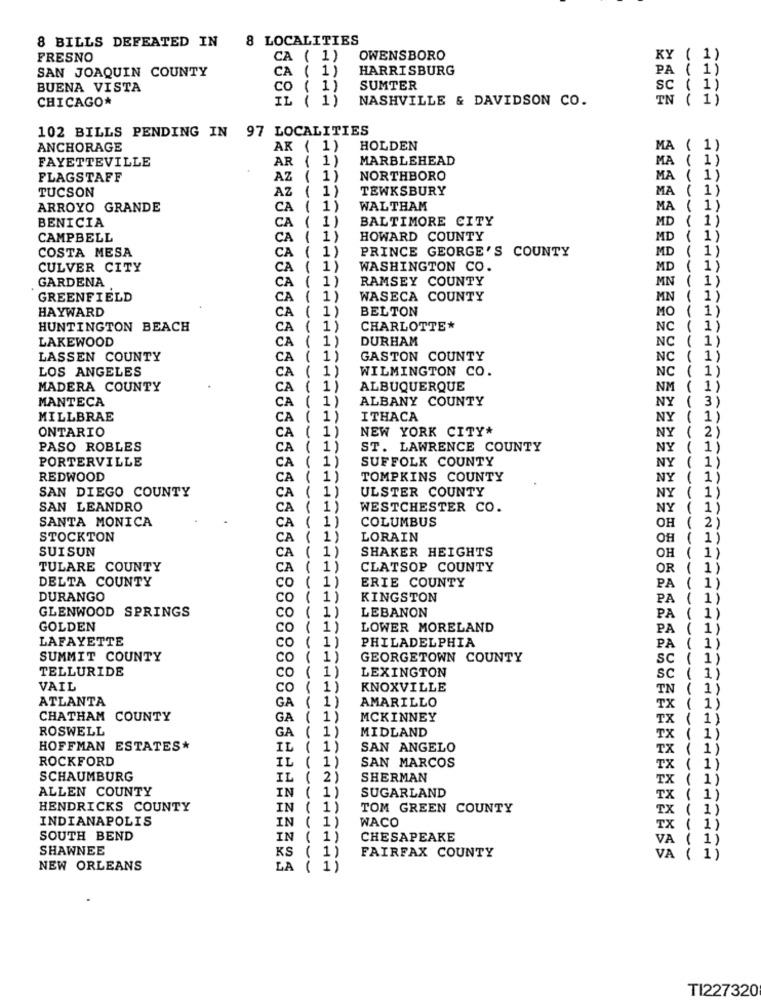
8 BILLS DEFEATED IN
8 LOCALITIES
FRESNO
CA ( 1)
OWENSBORO
KY ( 1)
SAN JOAQUIN COUNTY
HARRISBURG
PA ( 1)
CA ( 1)
BUENA VISTA
co ( 1)
SUMTER
sc ( 1)
CHICAGO*
IL ( 1)
NASHVILLE & DAVIDSON CO.
IN ( 1)
102 BILLS PENDING IN 97 LOCALITIES
ANCHORAGE
AK ( 1)
HOLDEN
MA ( 1)
FAYETTEVILLE
AR ( 1)
MARBLEHEAD
MA ( 1)
FLAGSTAFF
AZ ( 1)
NORTHBORO
MA
( 1)
TUCSON
AZ ( 1)
TEWKSBURY
MA
( 1)
ARROYO GRANDE
CA ( 1)
WALTHAM
MA
( 1)
( 1 )
BALTIMORE CITY
( 1)
BENICIA
CA
MD
CAMPBELL
CA
1)
HOWARD COUNTY
MD
( 1)
COSTA MESA
PRINCE GEORGE'S COUNTY
MD
( 1)
CA
1)
CULVER CITY
CA (
1)
WASHINGTON CO.
MD
( 1)
GARDENA
CA (
1)
RAMSEY COUNTY
MN
( 1)
GREENFIELD
CA ( 1)
WASECA COUNTY
MN
HAYWARD
( 1)
BELTON
MO
CA
HUNTINGTON BEACH
CA
( 1)
CHARLOTTE*
NC
LAKEWOOD
DURHAM
NC
CA
LASSEN COUNTY
CA
1
GASTON COUNTY
NC
LOS ANGELES
1
WILMINGTON CO.
CA
NC
MADERA COUNTY
CA
1)
ALBUQUERQUE
NM
MANTECA
ALBANY COUNTY
CA
NY
MILLBRAE
CA
1)
ITHACA
NY
ONTARIO
1)
NEW YORK CITY*
CA
NY
PASO ROBLES
CA
1)
ST. LAWRENCE COUNTY
NY
PORTERVILLE
1)
SUFFOLK COUNTY
NY (
CA
REDWOOD
CA
TOMPKINS COUNTY
NY (
SAN DIEGO COUNTY
1
ULSTER COUNTY
CA
NY (
SAN LEANDRO
CA
WESTCHESTER CO.
NY
SANTA MONICA
COLUMBUS
CA
OH
1
STOCKTON
CA
LORAIN
OH (
SUISUN
SHAKER HEIGHTS
CA
OH (
TULARE COUNTY
CA
CLATSOP COUNTY
OR
DELTA COUNTY
ERIE COUNTY
co
PA (
DURANGO
Co
KINGSTON
PA
GLENWOOD SPRINGS
LEBANON
co
PA
----
GOLDEN
co
LOWER MORELAND
PA
LAFAYETTE
PHILADELPHIA
co ( 1)
PA
SUMMIT COUNTY
co
1)
GEORGETOWN COUNTY
SC
TELLURIDE
1
LEXINGTON
co
sc
VAIL
co
KNOXVILLE
TN
( 1)
ATLANTA
AMARILLO
GA
TX ( 1)
CHATHAM COUNTY
GA
1)
MCKINNEY
TX ( 1)
ROSWELL
GA
( 1)
MIDLAND
TX ( 1)
HOFFMAN ESTATES*
IL
1)
SAN ANGELO
TX ( 1)
ROCKFORD
IL
( 1)
SAN MARCOS
TX
( 1)
SCHAUMBURG
IL ( 2)
SHERMAN
TX
ALLEN COUNTY
IN
( 1 )
SUGARLAND
TX
HENDRICKS COUNTY
IN
( 1 )
TOM GREEN COUNTY
TX
1
INDIANAPOLIS
IN ( 1)
WACO
TX
SOUTH BEND
IN ( 1)
CHESAPEAKE
VA
SHAWNEE
KS ( 1)
FAIRFAX COUNTY
VA
NEW ORLEANS
LA ( 1)
TI227320